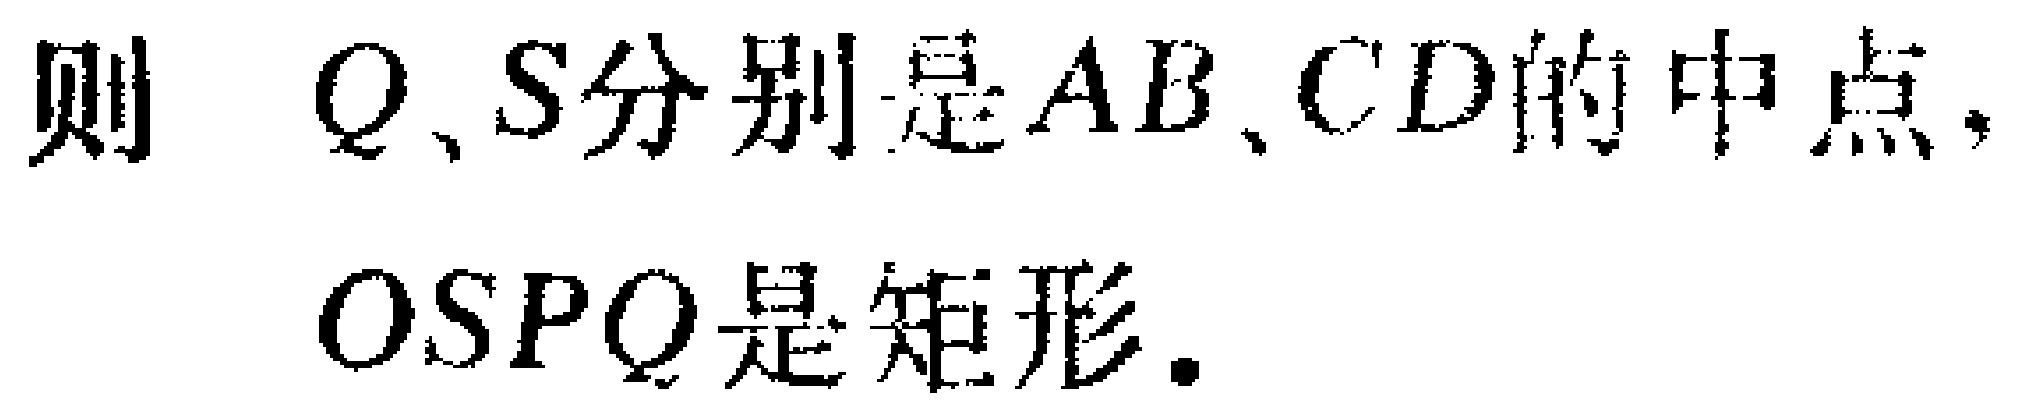
则 \(Q、S\)分别是\(AB、CD\)的中点，\(OSPQ\)是矩形.